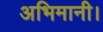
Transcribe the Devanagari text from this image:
अभिमानी।